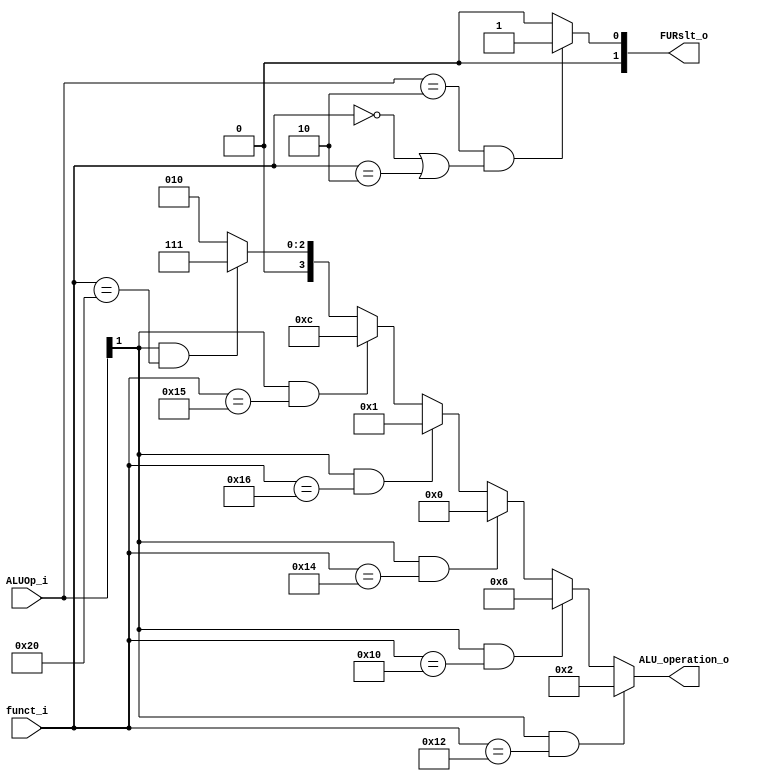
module ALU_Ctrl( funct_i, ALUOp_i, ALU_operation_o, FURslt_o );

//I/O ports 
input      [6-1:0] funct_i;
input      [3-1:0] ALUOp_i;

output     [4-1:0] ALU_operation_o;  
output     [2-1:0] FURslt_o;
     
//Internal Signals
wire		[4-1:0] ALU_operation_o;
wire		[2-1:0] FURslt_o;

//Main function
/*your code here*/
assign ALU_operation_o =(ALUOp_i[1] == 1 && funct_i[5:0] == 6'b010010) ? 4'b0010 : //add 
						(ALUOp_i[1] == 1 && funct_i[5:0] == 6'b010000) ? 4'b0110 : //sub
						(ALUOp_i[1] == 1 && funct_i[5:0] == 6'b010100) ? 4'b0000 : //and
        				(ALUOp_i[1] == 1 && funct_i[5:0] == 6'b010110) ? 4'b0001 : //or
						(ALUOp_i[1] == 1 && funct_i[5:0] == 6'b010101) ? 4'b1100 : //nor
						(ALUOp_i[1] == 1 && funct_i[5:0] == 6'b100000) ? 4'b0111 : //slt
						4'b0010; //addi, sll, srl
assign FURslt_o =  	(ALUOp_i == 3'b010 && (funct_i == 6'b000000 || funct_i == 6'b000010)) ? 2'b01 : 2'b00 ;
endmodule